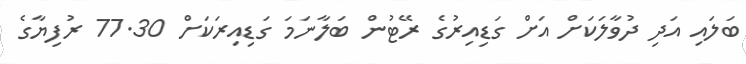
ބަލައި އަދި ދުވާލަކަށް އަށް ގަޑިއިރުގެ ރޭޓުން ބަލާނަމަ ގަޑިއިރަކަށް 77.30 ރުފިޔާގެ